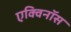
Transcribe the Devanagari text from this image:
एक्विनॉस